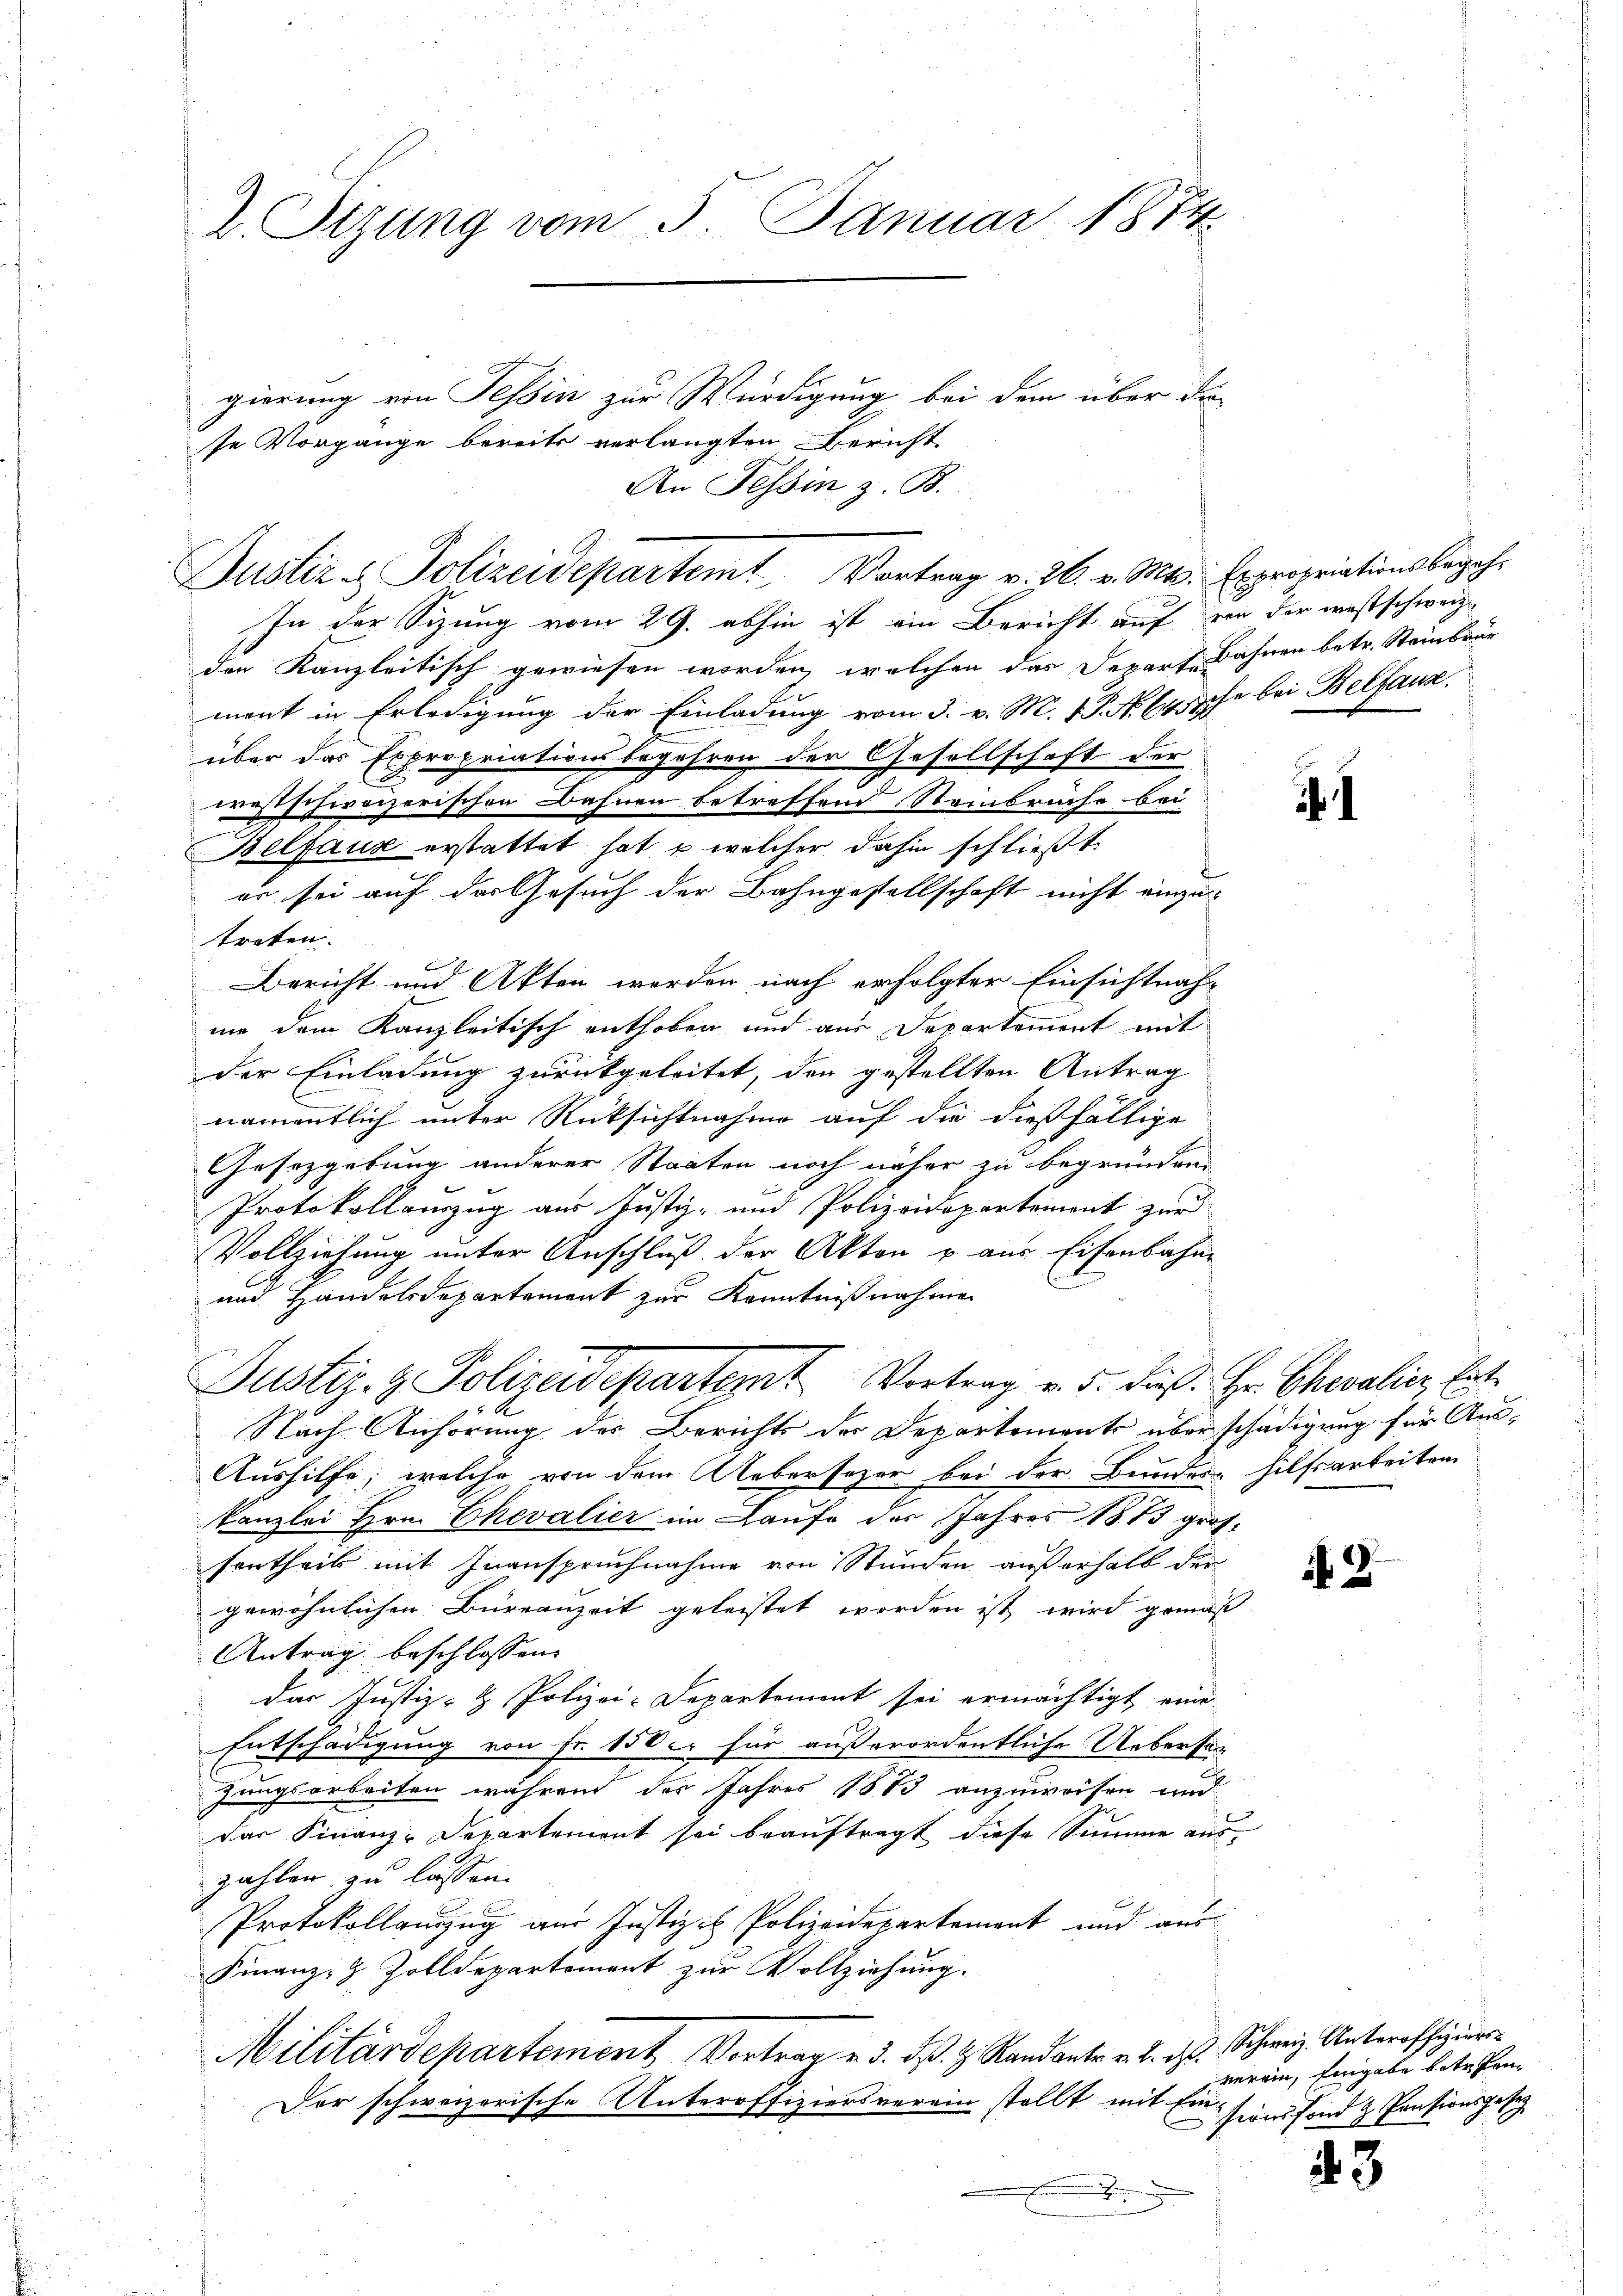
2. Sizung vom 5. Januar 1874.

se Vorgange bereits verlangten Bericht

Justiz & Polizeidepartemt Vortrag v. 26. v. Mts. Expropriationsbegehr

gierung von Tessin zur Würdigung bei dem über die
An Tessin z. B.

Justiz- & Polizeidepartemt Vortrag v. 5. dieß. Hr. Chevalicz, Ent¬

In der Sizung vom 29. abhin ist ein Bericht auf von der westschweiz
den Kanzleitisch gewiesen worden, welchen das Departe Bahnen betr. Steinbrär
mant in Erledigung der Einladung vom 3. v. M. 1 S. N. 64. Ehe bei Belfaux.
über das Expropriationsbegehren der Gesellschaft der
westschweizerischen Bahnen betreffend Steinbrüche bei
Belfauz erstattet hat, u welcher dahin schließt
er sei auf der Gesuch der Bahngestellschaft nicht einzu-
treten.
Bericht und Akten werden nach erfolgter Einsichtnah-
mie dem Kanzleitisch enthoben und aus Deparkomment mit
der Einladung zurückgeleitet, den gestellten Antrag
namentlich unter Rücksichtnahme auf die dießfällige
Gesetzgebung anderer Staaten noch näher zu begründen
Protokollauszug aus Justiz- und Polizeidepartement zur
Vollziehung unter Anschluß der Akten u aus Eisenbahne
und Handelsdepartement zur Kenntnißnahmen
Nach Anhörung der Berichts der Departements überschädigung für Aus¬
Aushilfe, welche von dem Uebersezer bei der Bundes hilfsarbeiten
kanzlei Hrn. Chevalier im Laufe des Jahres 1873 gros-
sertheils mit Inanspruchnahme von Stunden außerhalb der
gewöhnlichen Büreauzeit geleistet worden ist wird gemäß
Antrag beschlossen:
das Justiz- & Polizei-Departement sei ermächtigt eine
Entschädigung von Fr. 150 er für außerordentliche Uebersag
zungsarbeiten während des Jahres 1883 anzuweisen und
das Finanz-Departement sei beauftragt diese Summe auszahlen zu lassen.
Protokollanzug aus Justiz- Polizeidepartement und aus
Finanz- & Zolldepartement zur Vollziehung.
Militärdepartement Vortrag v. d. dß. H. Randanter v. 2. ds. Schweiz. Unteroffizier
Der schweizerische Unteroffiziersverein stellt mit Ein-
.

.

d

verein, Eingabe betretensionsfond & Pensionsposiz

43